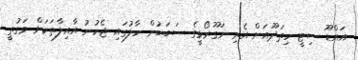
އައްޑޫ ސިޓީ ހިތަދޫއަށް އެރި ނަގޫރޯޅީގެ ސަބަބުން ހާލުގައި ޖެހުނު އާއިލާތަކަށް ވަގުތީ